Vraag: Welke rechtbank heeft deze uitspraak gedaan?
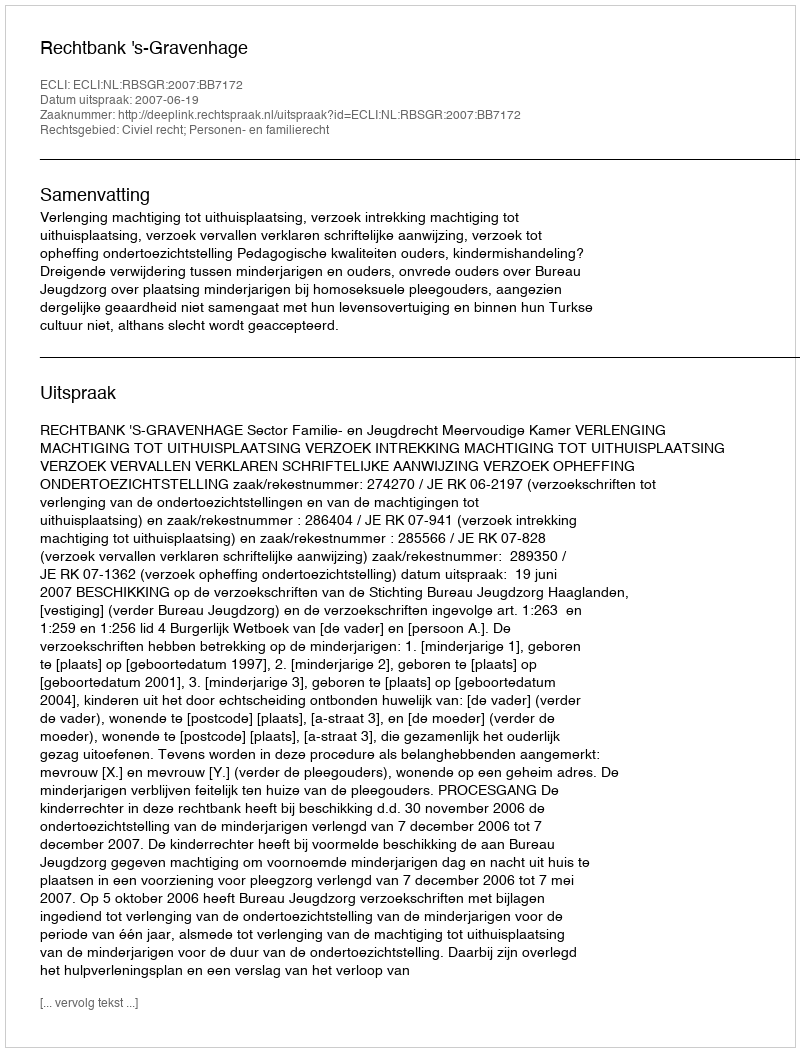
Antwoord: Rechtbank 's-Gravenhage